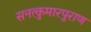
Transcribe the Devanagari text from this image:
सनत्कुमारपुराण